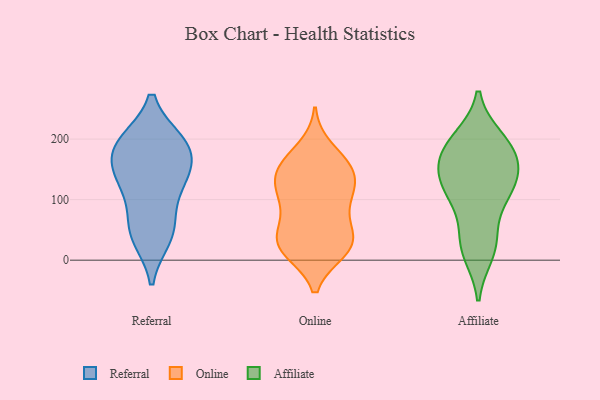
{"axis": {"x": "Waste Production (Tons)", "y": "Value"}, "legend": ["Affiliate", "Online", "Referral"], "data": [{"x": "", "y": 189, "type": "Referral"}, {"x": "", "y": 51, "type": "Referral"}, {"x": "", "y": 39, "type": "Referral"}, {"x": "", "y": 194, "type": "Referral"}, {"x": "", "y": 51, "type": "Referral"}, {"x": "", "y": 193, "type": "Referral"}, {"x": "", "y": 187, "type": "Referral"}, {"x": "", "y": 118, "type": "Referral"}, {"x": "", "y": 143, "type": "Referral"}, {"x": "", "y": 126, "type": "Referral"}, {"x": "", "y": 153, "type": "Referral"}, {"x": "", "y": 150, "type": "Online"}, {"x": "", "y": 51, "type": "Online"}, {"x": "", "y": 117, "type": "Online"}, {"x": "", "y": 160, "type": "Online"}, {"x": "", "y": 102, "type": "Online"}, {"x": "", "y": 84, "type": "Online"}, {"x": "", "y": 160, "type": "Online"}, {"x": "", "y": 144, "type": "Online"}, {"x": "", "y": 54, "type": "Online"}, {"x": "", "y": 29, "type": "Online"}, {"x": "", "y": 16, "type": "Online"}, {"x": "", "y": 37, "type": "Online"}, {"x": "", "y": 184, "type": "Online"}, {"x": "", "y": 15, "type": "Online"}, {"x": "", "y": 16, "type": "Online"}, {"x": "", "y": 143, "type": "Online"}, {"x": "", "y": 24, "type": "Online"}, {"x": "", "y": 115, "type": "Online"}, {"x": "", "y": 111, "type": "Online"}, {"x": "", "y": 170, "type": "Affiliate"}, {"x": "", "y": 153, "type": "Affiliate"}, {"x": "", "y": 114, "type": "Affiliate"}, {"x": "", "y": 13, "type": "Affiliate"}, {"x": "", "y": 113, "type": "Affiliate"}, {"x": "", "y": 192, "type": "Affiliate"}, {"x": "", "y": 199, "type": "Affiliate"}, {"x": "", "y": 126, "type": "Affiliate"}, {"x": "", "y": 108, "type": "Affiliate"}, {"x": "", "y": 36, "type": "Affiliate"}, {"x": "", "y": 26, "type": "Affiliate"}, {"x": "", "y": 158, "type": "Affiliate"}, {"x": "", "y": 188, "type": "Affiliate"}]}